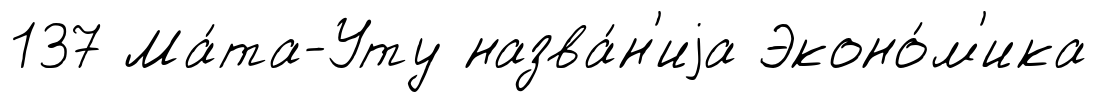
137 Ма́та-Уту назва́н'иjа Эконо́м'ика